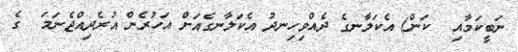
ނަބީކަމާއި  ކަން) އެކަލާނގެ ދެއްވިހިނދު އެކަލާނގެއަށް އަހުރެން އުރެދިއްޖެނަމަ  ގެ